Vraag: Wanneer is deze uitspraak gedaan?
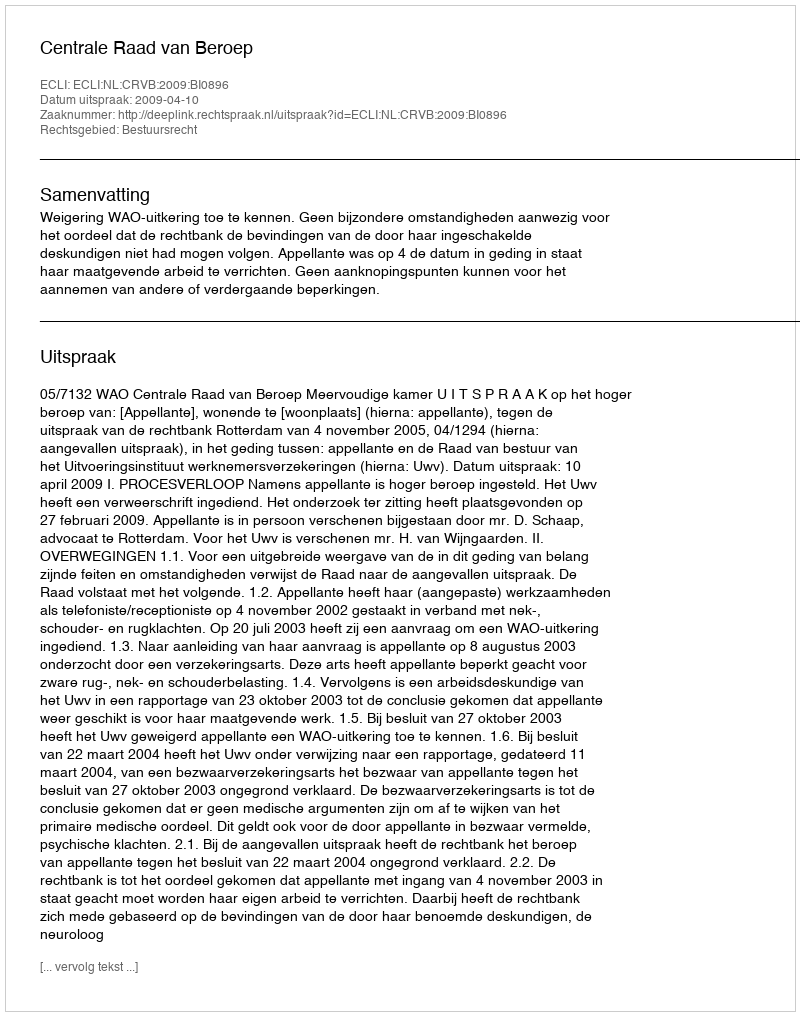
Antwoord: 2009-04-10